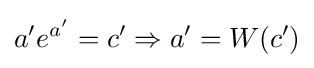
a'e^{a'}=c'\Rightarrow a'=W(c')